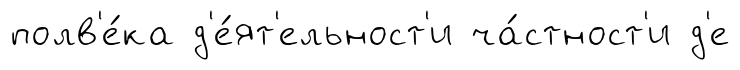
полв'е́ка д'е́ят'ельност'и ча́стност'и д'е